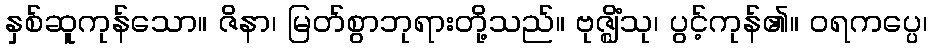
နှစ်ဆူကုန်သော။ ဇိနာ၊ မြတ်စွာဘုရားတို့သည်။ ဗုဇ္ဈိံသု၊ ပွင့်ကုန်၏။ ဝရကပ္ပေ၊